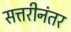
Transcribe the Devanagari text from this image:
सत्तरीनंतर